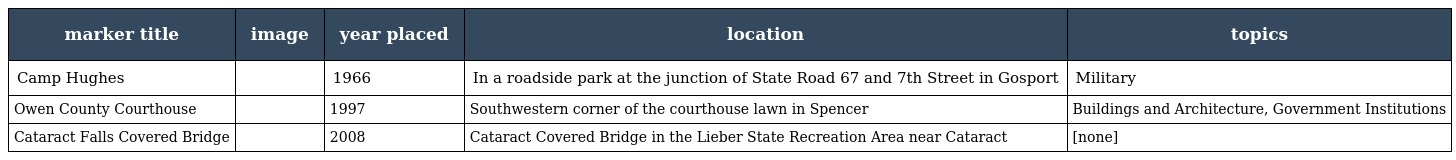
| marker title | image | year placed | location | topics |
 | --- | --- | --- | --- | --- |
 | Camp Hughes |  | 1966 | In a roadside park at the junction of State Road 67 and 7th Street in Gosport | Military |
 | Owen County Courthouse |  | 1997 | Southwestern corner of the courthouse lawn in Spencer | Buildings and Architecture, Government Institutions |
 | Cataract Falls Covered Bridge |  | 2008 | Cataract Covered Bridge in the Lieber State Recreation Area near Cataract | [none] |